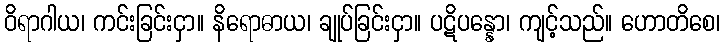
ဝိရာဂါယ၊ ကင်းခြင်းငှာ။ နိရောဓာယ၊ ချုပ်ခြင်းငှာ။ ပဋိပန္နော၊ ကျင့်သည်။ ဟောတိစေ၊